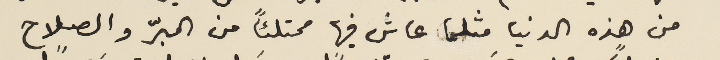
من هذه الدنيا مثلما عاش فيها ممتلئاً من البرّ والصلاح